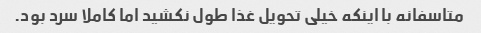
متاسفانه با اینکه خیلی تحویل غذا طول نکشید اما کاملا سرد بود.